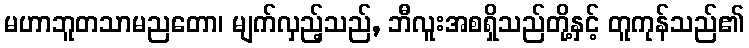
မဟာဘူတသာမညတော၊ မျက်လှည့်သည်, ဘီလူးအစရှိသည်တို့နှင့် တူကုန်သည်၏